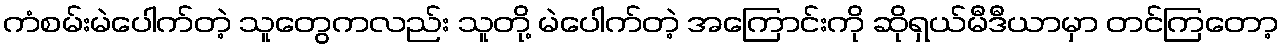
ကံစမ်းမဲပေါက်တဲ့ သူတွေကလည်း သူတို့ မဲပေါက်တဲ့ အကြောင်းကို ဆိုရှယ်မီဒီယာမှာ တင်ကြတော့